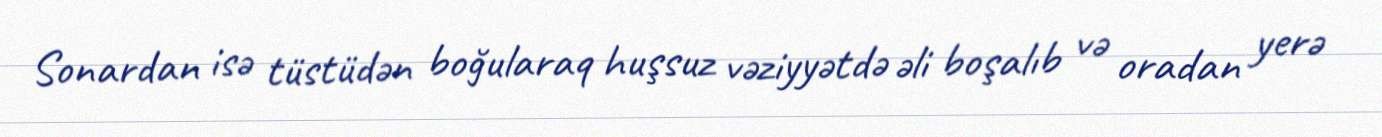
Sonardan isə tüstüdən boğularaq huşsuz vəziyyətdə əli boşalıb və oradan yerə